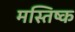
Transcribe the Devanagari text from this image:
मस्‍तिष्‍क